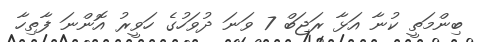
ބިންމަތީ ކުނާ އަޅާ ރަޖަބް 7 ވަނަ ދުވަހުގެ ހަވީރު އޮންނަ ފާތިހާ